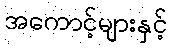
အကောင့်များနှင့်